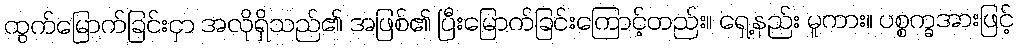
ထွက်မြောက်ခြင်းငှာ အလိုရှိသည်၏ အဖြစ်၏ ပြီးမြောက်ခြင်းကြောင့်တည်း။ ရှေ့နည်း မူကား။ ပစ္စက္ခအားဖြင့်